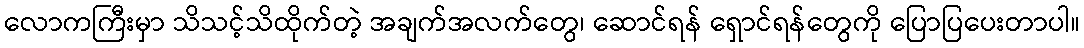
လောကကြီးမှာ သိသင့်သိထိုက်တဲ့ အချက်အလက်တွေ၊ ဆောင်ရန် ရှောင်ရန်တွေကို ပြောပြပေးတာပါ။